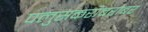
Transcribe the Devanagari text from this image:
पलुसकरांबरोबर